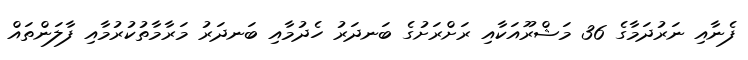
ފެނާއި ނަރުދަމާގެ 36 މަޝްރޫއަކާއި ރަށްރަށުގެ ބަނދަރު ހެދުމާއި ބަނދަރު މަރާމާތުކުރުމާއި ފާލަންތައް